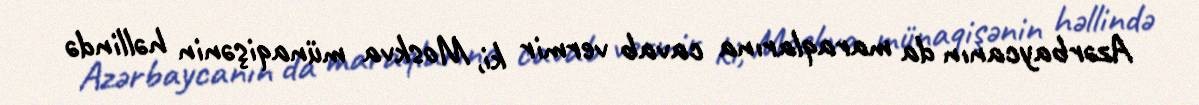
Azərbaycanın da maraqlarına cavab vermir ki, Moskva münaqişənin həllində